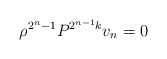
\begin{align*}\rho^{2^n-1} P^{2^{n-1} k} v_n = 0\end{align*}